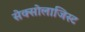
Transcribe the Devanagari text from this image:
सेक्सोलाजिस्ट